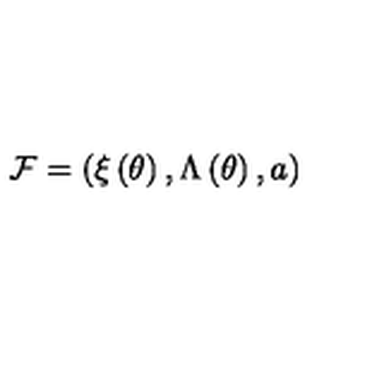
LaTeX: { \cal F } = \left( \xi \left( \theta \right) , \Lambda \left( \theta \right) , a \right)